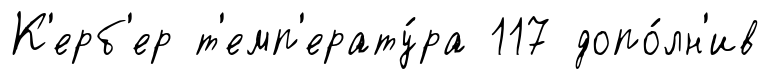
К'ерб'ер т'емп'ерату́ра 117 допо́лн'ив